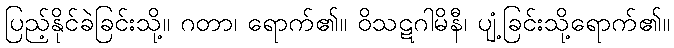
ပြည့်နိုင်ခဲခြင်းသို့။ ဂတာ၊ ရောက်၏။ ဝိသဋဂါမိနီ၊ ပျံ့ခြင်းသို့ရောက်၏။